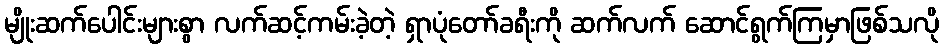
မျိုးဆက်ပေါင်းများစွာ လက်ဆင့်ကမ်းခဲ့တဲ့ ရှာပုံတော်ခရီးကို ဆက်လက် ဆောင်ရွက်ကြမှာဖြစ်သလို